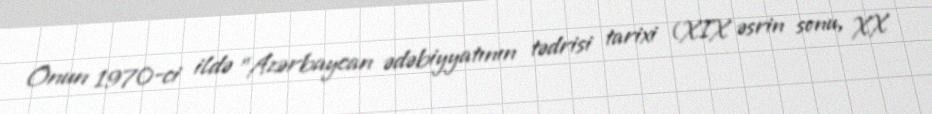
Onun 1970-ci ildə "Azərbaycan ədəbiyyatının tədrisi tarixi (XIX əsrin sonu, XX